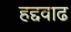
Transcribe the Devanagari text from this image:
हद्दवाढ